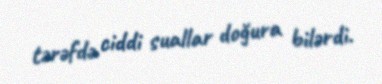
tərəfdə ciddi suallar doğura bilərdi.